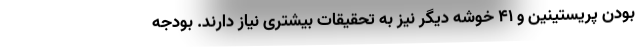
بودن پریستینین و ۴۱ خوشه دیگر نیز به تحقیقات بیشتری نیاز دارند. بودجه